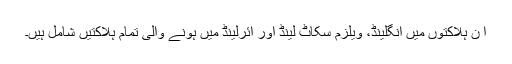
ا ن ہلاکتوں میں انگلینڈ، ویلزم سکاٹ لینڈ اور آئرلینڈ میں ہونے والی تمام ہلاکتیں شامل ہیں۔